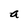
Character: a